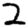
Digit: 2